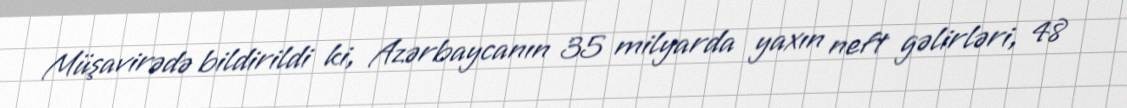
Müşavirədə bildirildi ki, Azərbaycanın 35 milyarda yaxın neft gəlirləri, 48